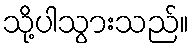
သို့ပါသွားသည်။